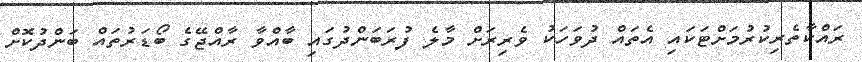
ރައްކާތެރިކުރުމަށްޓަކައި އެތައް ދުވަހަކު ވެރިރަށް މާލެ ފުރަބަންދުގައި ބާއްވާ ރާއްޖޭގެ ބޯޑަރުތައް ބަންދުކޮށް